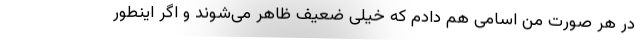
در هر صورت من اسامی هم دادم که خیلی ضعیف ظاهر می‌شوند و اگر اینطور